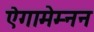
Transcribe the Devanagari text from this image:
ऐगामेम्नन